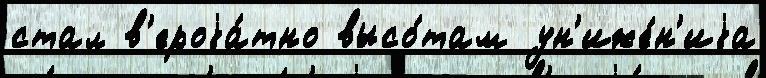
стал в'ероjа́тно высо́там ун'иже́н'иjа